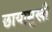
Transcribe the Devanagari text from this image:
छायामुखी